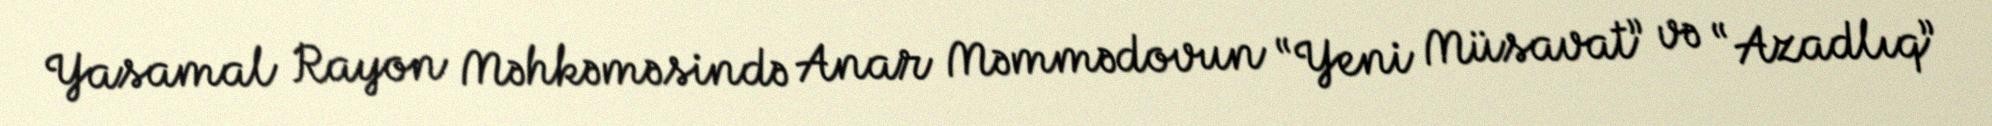
Yasamal Rayon Məhkəməsində Anar Məmmədovun “Yeni Müsavat” və “Azadlıq”